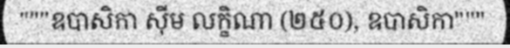
"""ឧបាសិកា ស៊ីម លក្ខិណា (២៥០), ឧបាសិកា"""